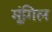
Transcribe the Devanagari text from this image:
मूंगिल